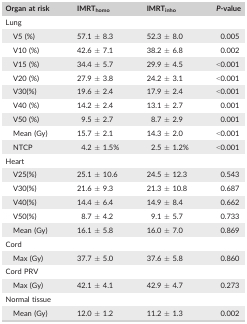
<table><thead><tr><td><b>Organ at risk</b></td><td><b>IMRT<sub>homo</sub></b></td><td><b>IMRT<sub>inho</sub></b></td><td><b><i>P</i>‐value</b></td></tr></thead><tbody><tr><td colspan="4">Lung</td></tr><tr><td>V5 (%)</td><td>57.1 ± 8.3</td><td>52.3 ± 8.0</td><td>0.005</td></tr><tr><td>V10 (%)</td><td>42.6 ± 7.1</td><td>38.2 ± 6.8</td><td>0.002</td></tr><tr><td>V15 (%)</td><td>34.4 ± 5.7</td><td>29.9 ± 4.5</td><td>&lt;0.001</td></tr><tr><td>V20 (%)</td><td>27.9 ± 3.8</td><td>24.2 ± 3.1</td><td>&lt;0.001</td></tr><tr><td>V30(%)</td><td>19.6 ± 2.4</td><td>17.9 ± 2.4</td><td>&lt;0.001</td></tr><tr><td>V40 (%)</td><td>14.2 ± 2.4</td><td>13.1 ± 2.7</td><td>0.001</td></tr><tr><td>V50 (%)</td><td>9.5 ± 2.7</td><td>8.7 ± 2.9</td><td>0.001</td></tr><tr><td>Mean (Gy)</td><td>15.7 ± 2.1</td><td>14.3 ± 2.0</td><td>&lt;0.001</td></tr><tr><td>NTCP</td><td>4.2 ± 1.5%</td><td>2.5 ± 1.2%</td><td>&lt;0.001</td></tr><tr><td colspan="4">Heart</td></tr><tr><td>V25(%)</td><td>25.1 ± 10.6</td><td>24.5 ± 12.3</td><td>0.543</td></tr><tr><td>V30(%)</td><td>21.6 ± 9.3</td><td>21.3 ± 10.8</td><td>0.687</td></tr><tr><td>V40(%)</td><td>14.4 ± 6.4</td><td>14.9 ± 8.4</td><td>0.662</td></tr><tr><td>V50(%)</td><td>8.7 ± 4.2</td><td>9.1 ± 5.7</td><td>0.733</td></tr><tr><td>Mean (Gy)</td><td>16.1 ± 5.8</td><td>16.0 ± 7.0</td><td>0.869</td></tr><tr><td colspan="4">Cord</td></tr><tr><td>Max (Gy)</td><td>37.7 ± 5.0</td><td>37.6 ± 5.8</td><td>0.860</td></tr><tr><td colspan="4">Cord PRV</td></tr><tr><td>Max (Gy)</td><td>42.1 ± 4.1</td><td>42.9 ± 4.7</td><td>0.273</td></tr><tr><td colspan="4">Normal tissue</td></tr><tr><td>Mean (Gy)</td><td>12.0 ± 1.2</td><td>11.2 ± 1.3</td><td>0.002</td></tr></tbody></table>